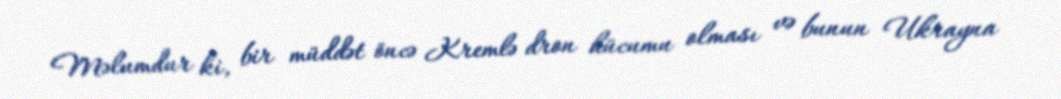
Məlumdur ki, bir müddət öncə Kremlə dron hücumu olması və bunun Ukrayna